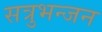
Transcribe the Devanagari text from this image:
सत्रुभन्जन